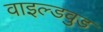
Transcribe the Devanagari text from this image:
वाइल्डवुड